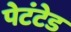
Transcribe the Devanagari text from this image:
पेटंटेड